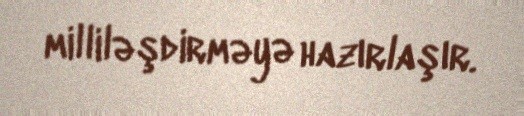
milliləşdirməyə hazırlaşır.